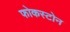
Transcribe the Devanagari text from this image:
फोकस्टोन